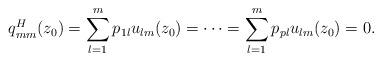
LaTeX: \begin{align*}q_{mm}^H(z_0)=\sum_{l=1}^m p_{1l}u_{lm}(z_0)=\cdots=\sum_{l=1}^m p_{pl}u_{lm}(z_0)=0.\end{align*}